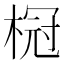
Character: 𬃧